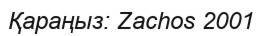
Қараңыз: Zachos 2001